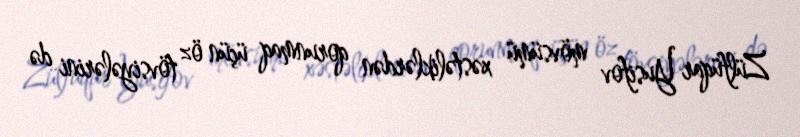
Zülfüqar Yusifov mövsümü xəstəliklərdən qorunmaq üçün öz tövsiyələrini də